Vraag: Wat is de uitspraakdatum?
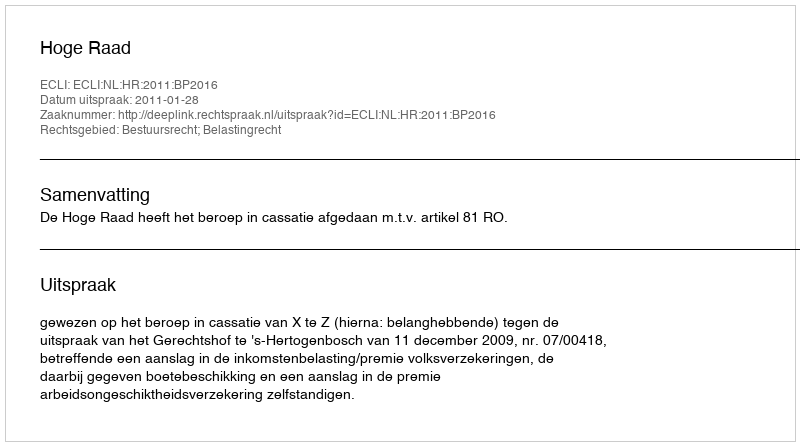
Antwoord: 2011-01-28